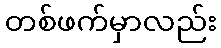
တစ်ဖက်မှာလည်း